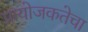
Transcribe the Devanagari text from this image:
प्रायोजकतेचा